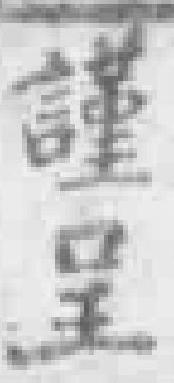
謹呈